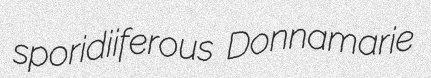
sporidiiferous Donnamarie